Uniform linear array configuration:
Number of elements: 24
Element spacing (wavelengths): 0.5
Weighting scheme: kaiser
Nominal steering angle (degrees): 0
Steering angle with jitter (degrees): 1.836
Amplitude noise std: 0.05
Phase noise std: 0.05

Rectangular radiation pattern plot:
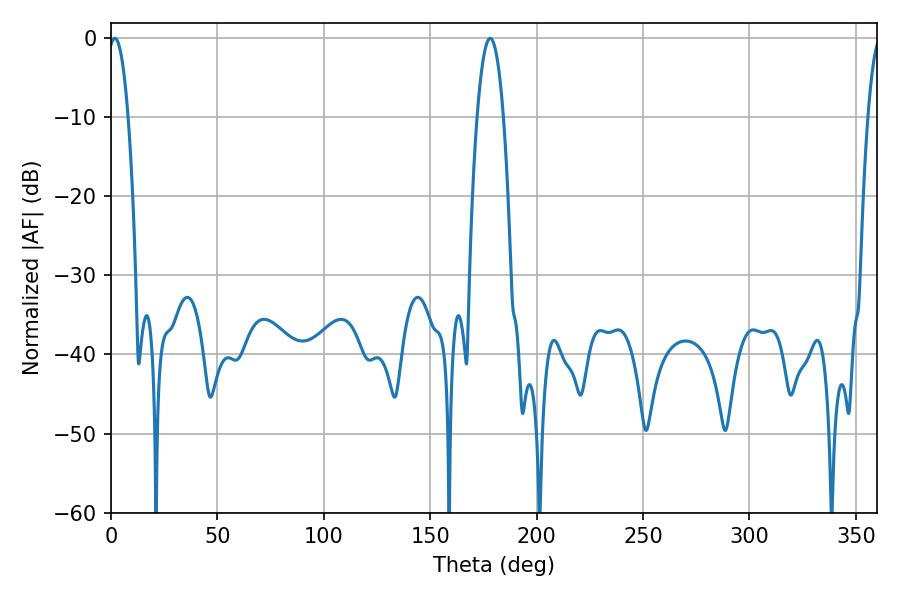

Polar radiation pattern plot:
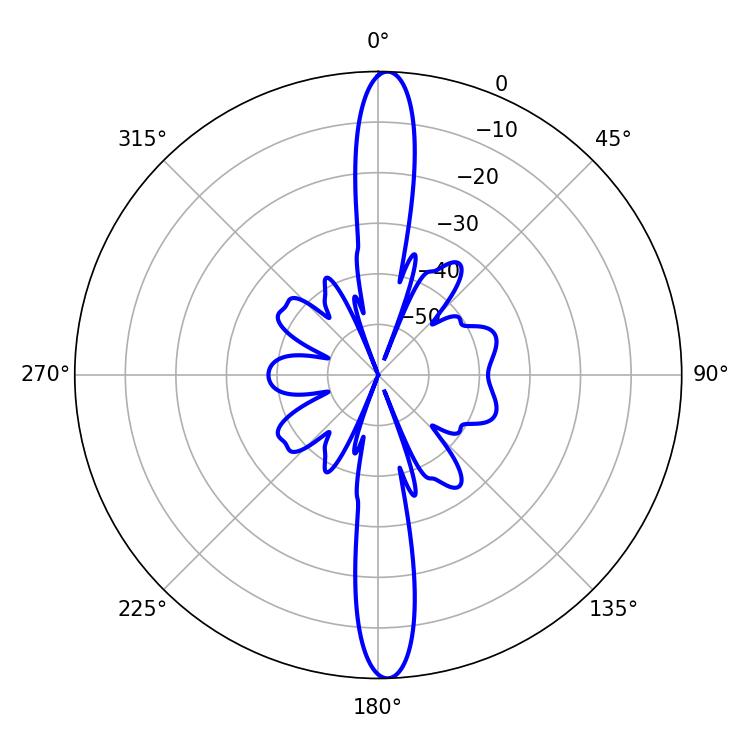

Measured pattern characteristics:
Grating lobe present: FALSE
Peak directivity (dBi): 23.825
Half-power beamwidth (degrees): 5.22
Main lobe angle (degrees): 1.8